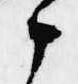
候